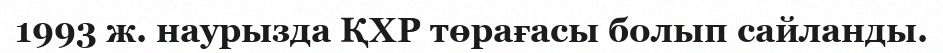
1993 ж. наурызда ҚХР төрағасы болып сайланды.